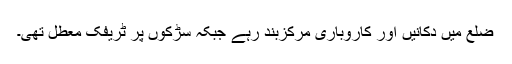
ضلع میں دکانیں اور کاروباری مرکزبند رہے جبکہ سڑکوں پر ٹریفک معطل تھی۔